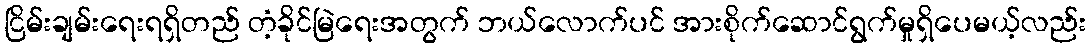
ငြိမ်းချမ်းရေးရရှိတည် တံ့ခိုင်မြဲရေးအတွက် ဘယ်လောက်ပင် အားစိုက်ဆောင်ရွက်မှုရှိပေမယ့်လည်း